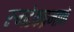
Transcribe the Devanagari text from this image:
रुमटेकप्रमाणे